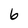
Character: 6